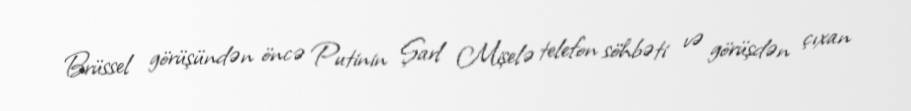
Brüssel görüşündən öncə Putinin Şarl Mişelə telefon söhbəti və görüşdən çıxan